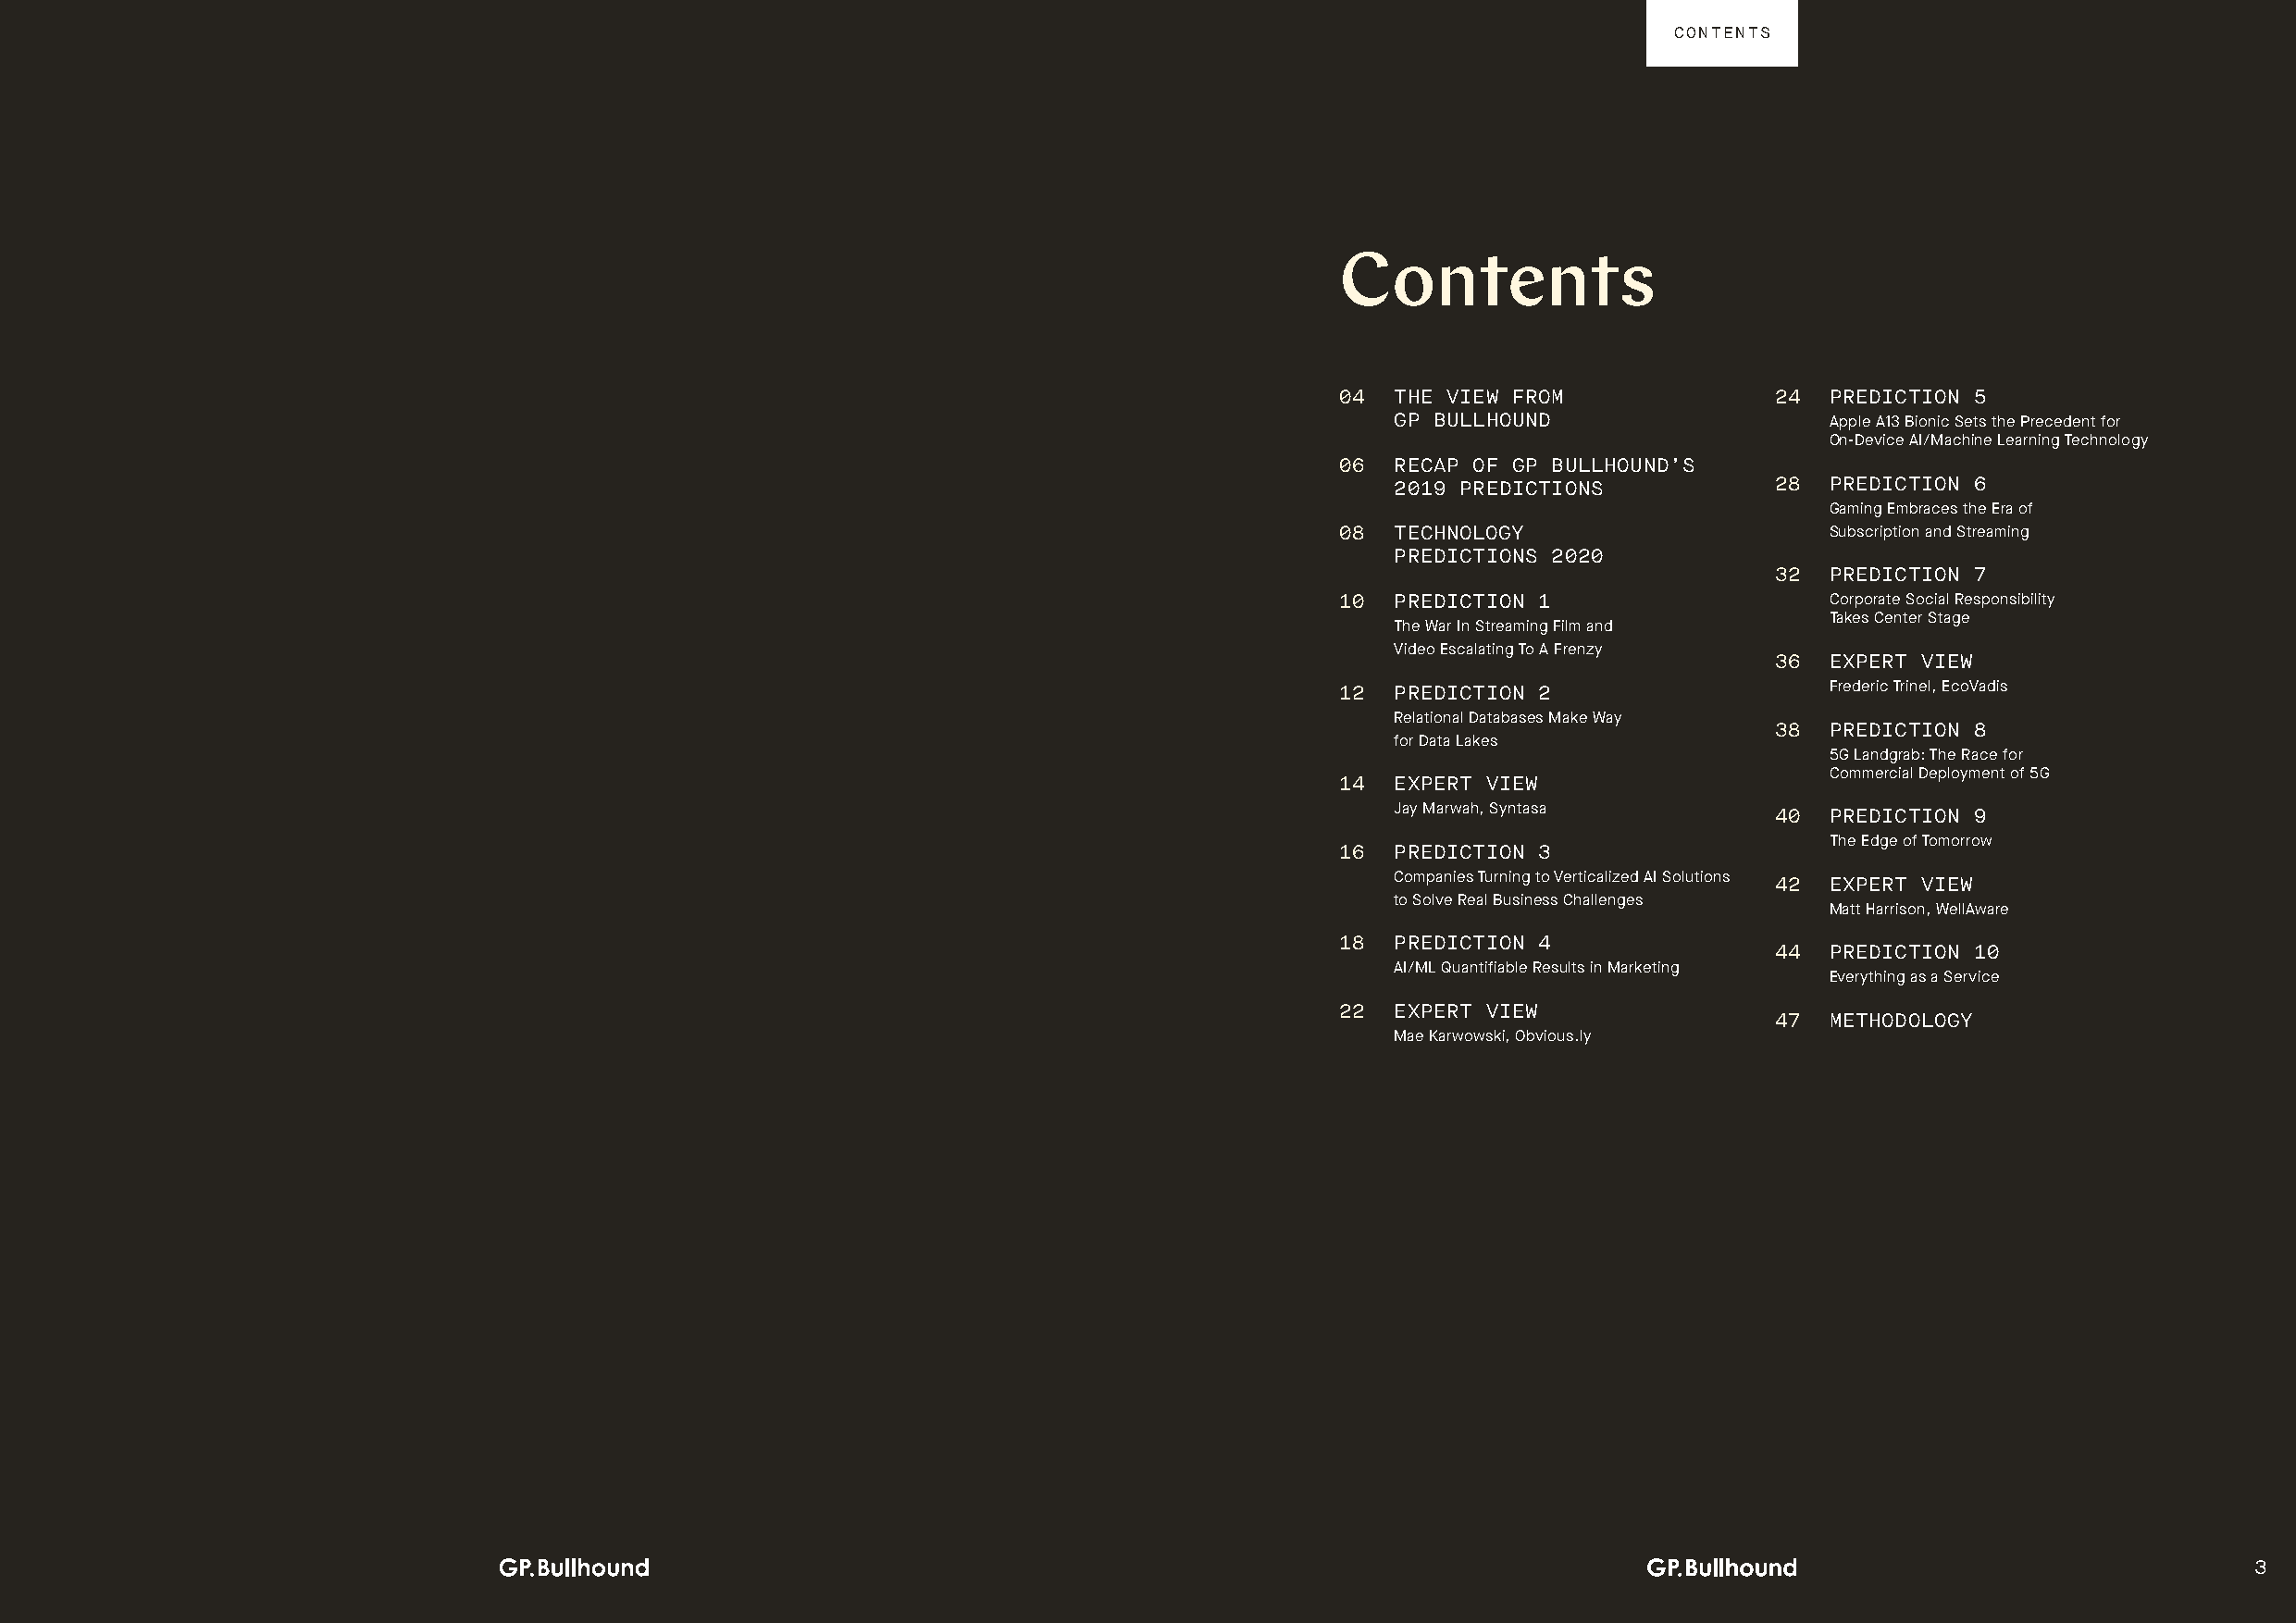
CONTENTS
 Contents
 04  THE VIEW FROM              24  PREDICTION 5
 GP BULLHOUND                   Apple A13 Bionic Sets the Precedent for
 On-Device AI/Machine Learning Technology
 06  RECAP OF GP BULLHOUND’S
 2019 PREDICTIONS           28  PREDICTION 6
 Gaming Embraces the Era of
 08  TECHNOLOGY                     Subscription and Streaming
 PREDICTIONS 2020
 32  PREDICTION 7
 10  PREDICTION 1                   Corporate Social Responsibility
 The War In Streaming Film and
 Takes Center Stage
 Video Escalating To A Frenzy
 36  EXPERT VIEW
 12  PREDICTION 2                   Frederic Trinel, EcoVadis
 Relational Databases Make Way
 38  PREDICTION 8
 for Data Lakes
 5G Landgrab: The Race for
 Commercial Deployment of 5G
 14  EXPERT VIEW
 Jay Marwah, Syntasa
 40  PREDICTION 9
 The Edge of Tomorrow
 16  PREDICTION 3
 Companies Turning to Verticalized AI Solutions
 42  EXPERT VIEW
 to Solve Real Business Challenges
 Matt Harrison, WellAware
 18  PREDICTION 4
 44  PREDICTION 10
 AI/ML Quantifiable Results in Marketing
 Everything as a Service
 22  EXPERT VIEW
 47  METHODOLOGY
 Mae Karwowski, Obvious.ly
 3